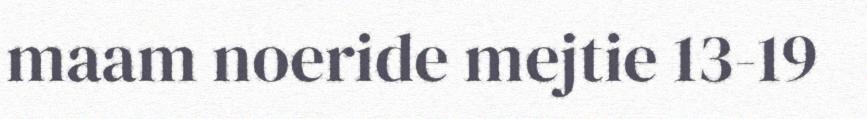
maam noeride mejtie 13-19